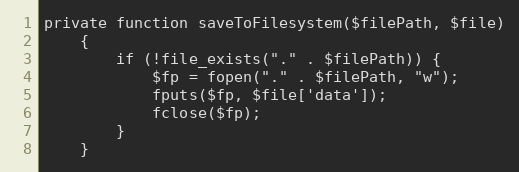
Language: PHP
private function saveToFilesystem($filePath, $file)
    {
        if (!file_exists("." . $filePath)) {
            $fp = fopen("." . $filePath, "w");
            fputs($fp, $file['data']);
            fclose($fp);
        }
    }